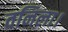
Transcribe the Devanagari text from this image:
वनिला।